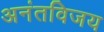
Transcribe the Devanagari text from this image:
अनंतविजय